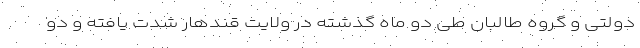
دولتی و گروه طالبان طی دو ماه گذشته در ولایت قندهار شدت یافته و دو